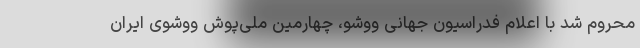
محروم شد با اعلام فدراسیون جهانی ووشو،‌ چهارمین ملی‌پوش ووشوی ایران